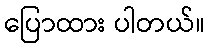
ပြောထား ပါတယ်။